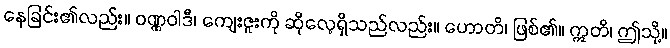
နေခြင်း၏လည်း။ ဝဏ္ဏဝါဒီ၊ ကျေးဇူးကို ဆိုလေ့ရှိသည်လည်း။ ဟောတိ၊ ဖြစ်၏။ ဣတိ၊ ဤသို့။